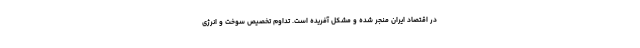
در اقتصاد ایران منجر شده و مشکل آفریده است. تداوم تخصیص سوخت و انرژی